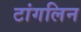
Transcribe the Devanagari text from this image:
टांगलिन